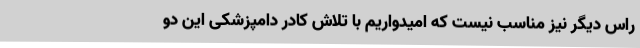
راس دیگر نیز مناسب نیست که امیدواریم با تلاش کادر دامپزشکی این دو